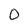
Character: 0